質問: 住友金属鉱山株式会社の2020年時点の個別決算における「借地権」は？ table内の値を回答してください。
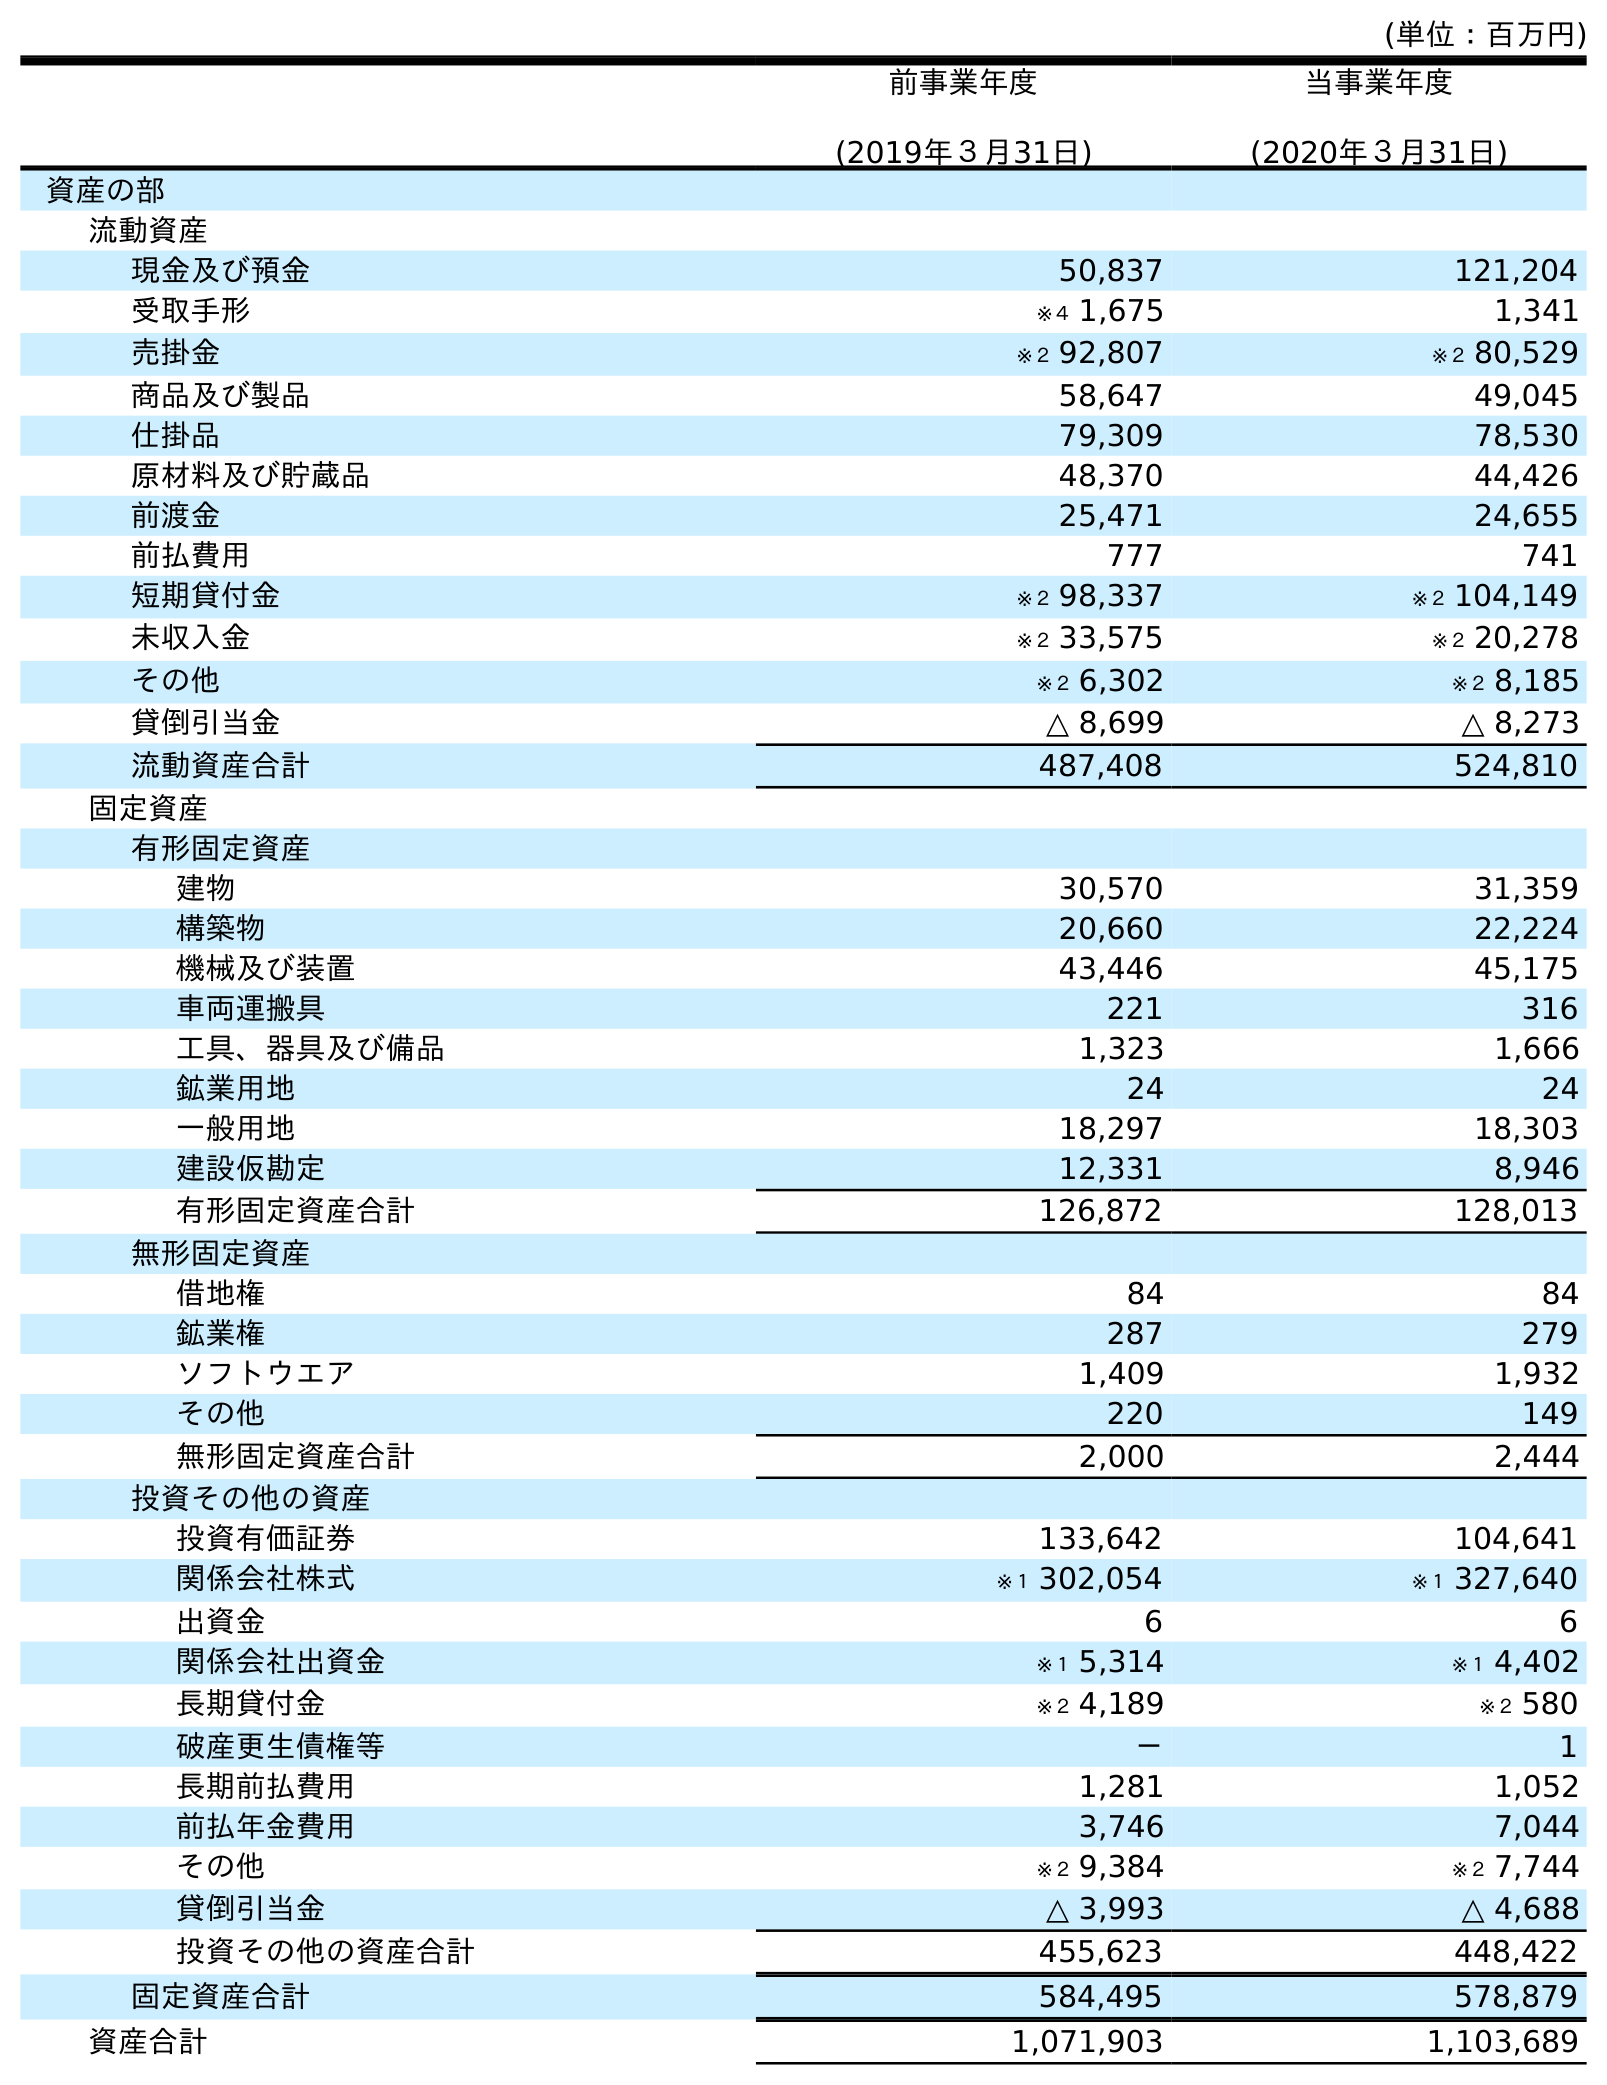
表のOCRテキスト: (単位：百万円) 前事業年度 (2019年３月31日) 当事業年度 (2020年３月31日) 資産の部 流動資産 現金及び預金 50,837 121,204 受取手形 ※４ 1,675 1,341 売掛金 ※２ 92,807 ※２ 80,529 商品及び製品 58,647 49,045 仕掛品 79,309 78,530 原材料及び貯蔵品 48,370 44,426 前渡金 25,471 24,655 前払費用 777 741 短期貸付金 ※２ 98,337 ※２ 104,149 未収入金 ※２ 33,575 ※２ 20,278 その他 ※２ 6,302 ※２ 8,185 貸倒引当金 △ 8,699 △ 8,273 流動資産合計 487,408 524,810 固定資産 有形固定資産 建物 30,570 31,359 構築物 20,660 22,224 機械及び装置 43,446 45,175 車両運搬具 221 316 工具、器具及び備品 1,323 1,666 鉱業用地 24 24 一般用地 18,297 18,303 建設仮勘定 12,331 8,946 有形固定資産合計 126,872 128,013 無形固定資産 借地権 84 84 鉱業権 287 279 ソフトウエア 1,409 1,932 その他 220 149 無形固定資産合計 2,000 2,444 投資その他の資産 投資有価証券 133,642 104,641 関係会社株式 ※１ 302,054 ※１ 327,640 出資金 6 6 関係会社出資金 ※１ 5,314 ※１ 4,402 長期貸付金 ※２ 4,189 ※２ 580 破産更生債権等 － 1 長期前払費用 1,281 1,052 前払年金費用 3,746 7,044 その他 ※２ 9,384 ※２ 7,744 貸倒引当金 △ 3,993 △ 4,688 投資その他の資産合計 455,623 448,422 固定資産合計 584,495 578,879 資産合計 1,071,903 1,103,689
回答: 84